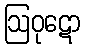
ဩဝုဋော